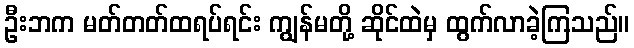
ဦးဘက မတ်တတ်ထရပ်ရင်း ကျွန်မတို့ ဆိုင်ထဲမှ ထွက်လာခဲ့ကြသည်။